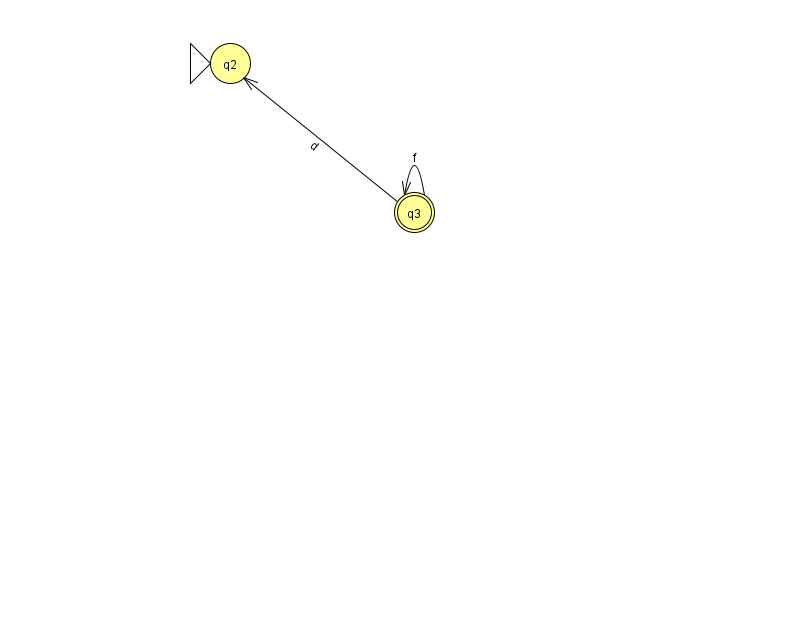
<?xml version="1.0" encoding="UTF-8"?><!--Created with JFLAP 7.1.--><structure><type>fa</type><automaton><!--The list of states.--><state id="2" name="q2"><x>230.0</x><y>50.0</y><initial/></state><state id="3" name="q3"><x>414.0</x><y>199.0</y><final/></state><!--The list of transitions.--><transition><from>3</from><to>3</to><read>f</read></transition><transition><from>3</from><to>2</to><read>d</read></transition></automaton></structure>